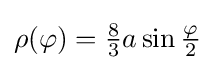
\rho (\varphi )={\tfrac {8}{3}}a\sin {\tfrac {\varphi }{2}}